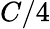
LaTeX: C/4